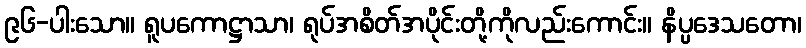
၉၆-ပါးသော။ ရူပကောဋ္ဌာသာ၊ ရုပ်အစိတ်အပိုင်းတို့ကိုလည်းကောင်း။ နိပ္ပဒေသတော၊